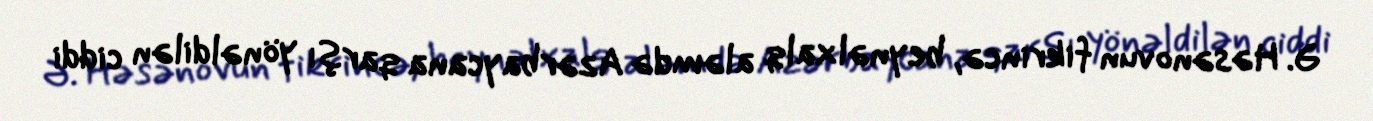
Ə. Həsənovun fikrincə, beynəlxalq aləmdə Azərbaycana qarşı yönəldilən ciddi